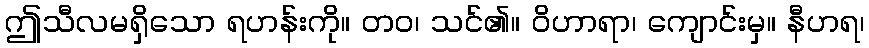
ဤသီလမရှိသော ရဟန်းကို။ တဝ၊ သင်၏။ ဝိဟာရာ၊ ကျောင်းမှ။ နီဟရ၊